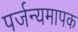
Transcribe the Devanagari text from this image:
पर्जन्यमापक